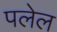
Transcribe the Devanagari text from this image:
पलेल